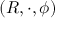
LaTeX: ( R , \cdot , \phi )